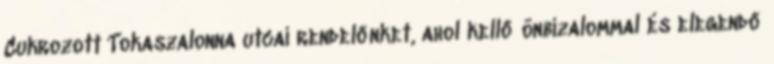
Cukrozott Tokaszalonna utcai rendelőnket, ahol kellő önbizalommal és elegendő